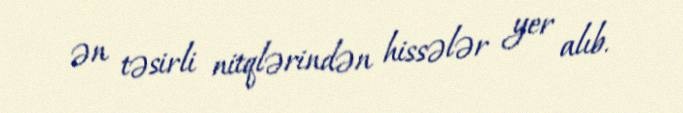
ən təsirli nitqlərindən hissələr yer alıb.